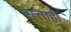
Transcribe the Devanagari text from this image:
सत्ताही